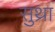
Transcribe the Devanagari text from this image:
सुथ्रा